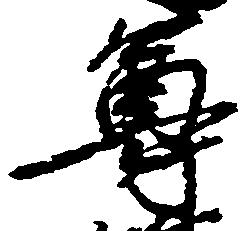
尊